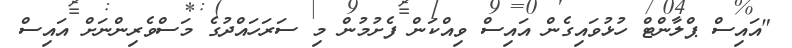
"އައިސް ޕްލާންޓް ހުޅުވައިގެން އައިސް ވިއްކަން ފެށުމުން މި ސަރަހައްދުގެ މަސްވެރިންނަށް އައިސް